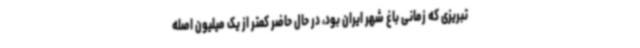
تبریزی که زمانی باغ شهر ایران بود، در حال حاضر کمتر از یک میلیون اصله